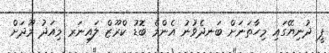
ޕީ ދުނިޔޭގައި މިހާތަނަށް ބަނދެވުނު އެންމެ ބޮޑު ކްރޫޒް ލައިނަރ މިއަދު މޫދަށް